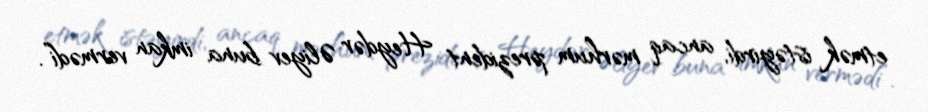
etmək istəyirdi, ancaq mərhum prezident Heydər Əliyev buna imkan vermədi”.